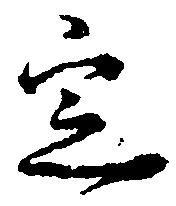
定